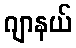
ဂျာနယ်